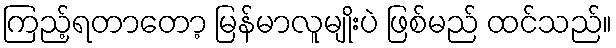
ကြည့်ရတာတော့ မြန်မာလူမျိုးပဲ ဖြစ်မည် ထင်သည်။